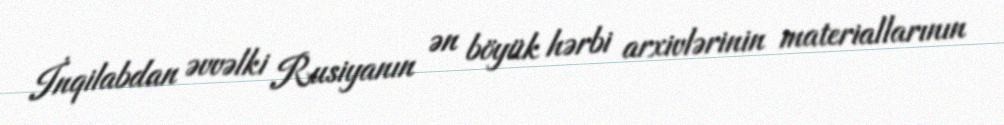
İnqilabdan əvvəlki Rusiyanın ən böyük hərbi arxivlərinin materiallarının